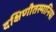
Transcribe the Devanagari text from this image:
दक्षिणीतस्मानिया